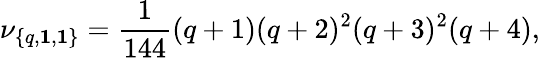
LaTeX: \nu_{\{ q,{\mathbf 1},{\mathbf 1}\} }={\frac{1}{144}}(q+1)(q+2)^{2}(q+3)^{2}(q+4),